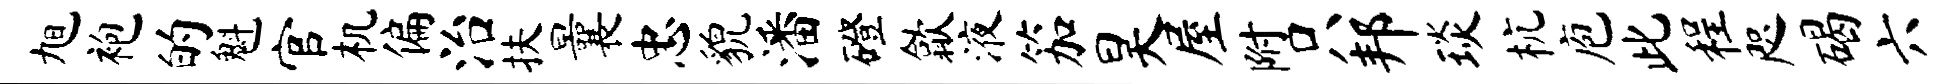
旭袍的魁官机偏治扶曩忠貌潘磴歙液笳昊屋附只邦琰杭庖此程咫碣六